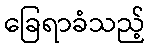
ခြေရာခံသည့်